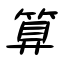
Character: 算